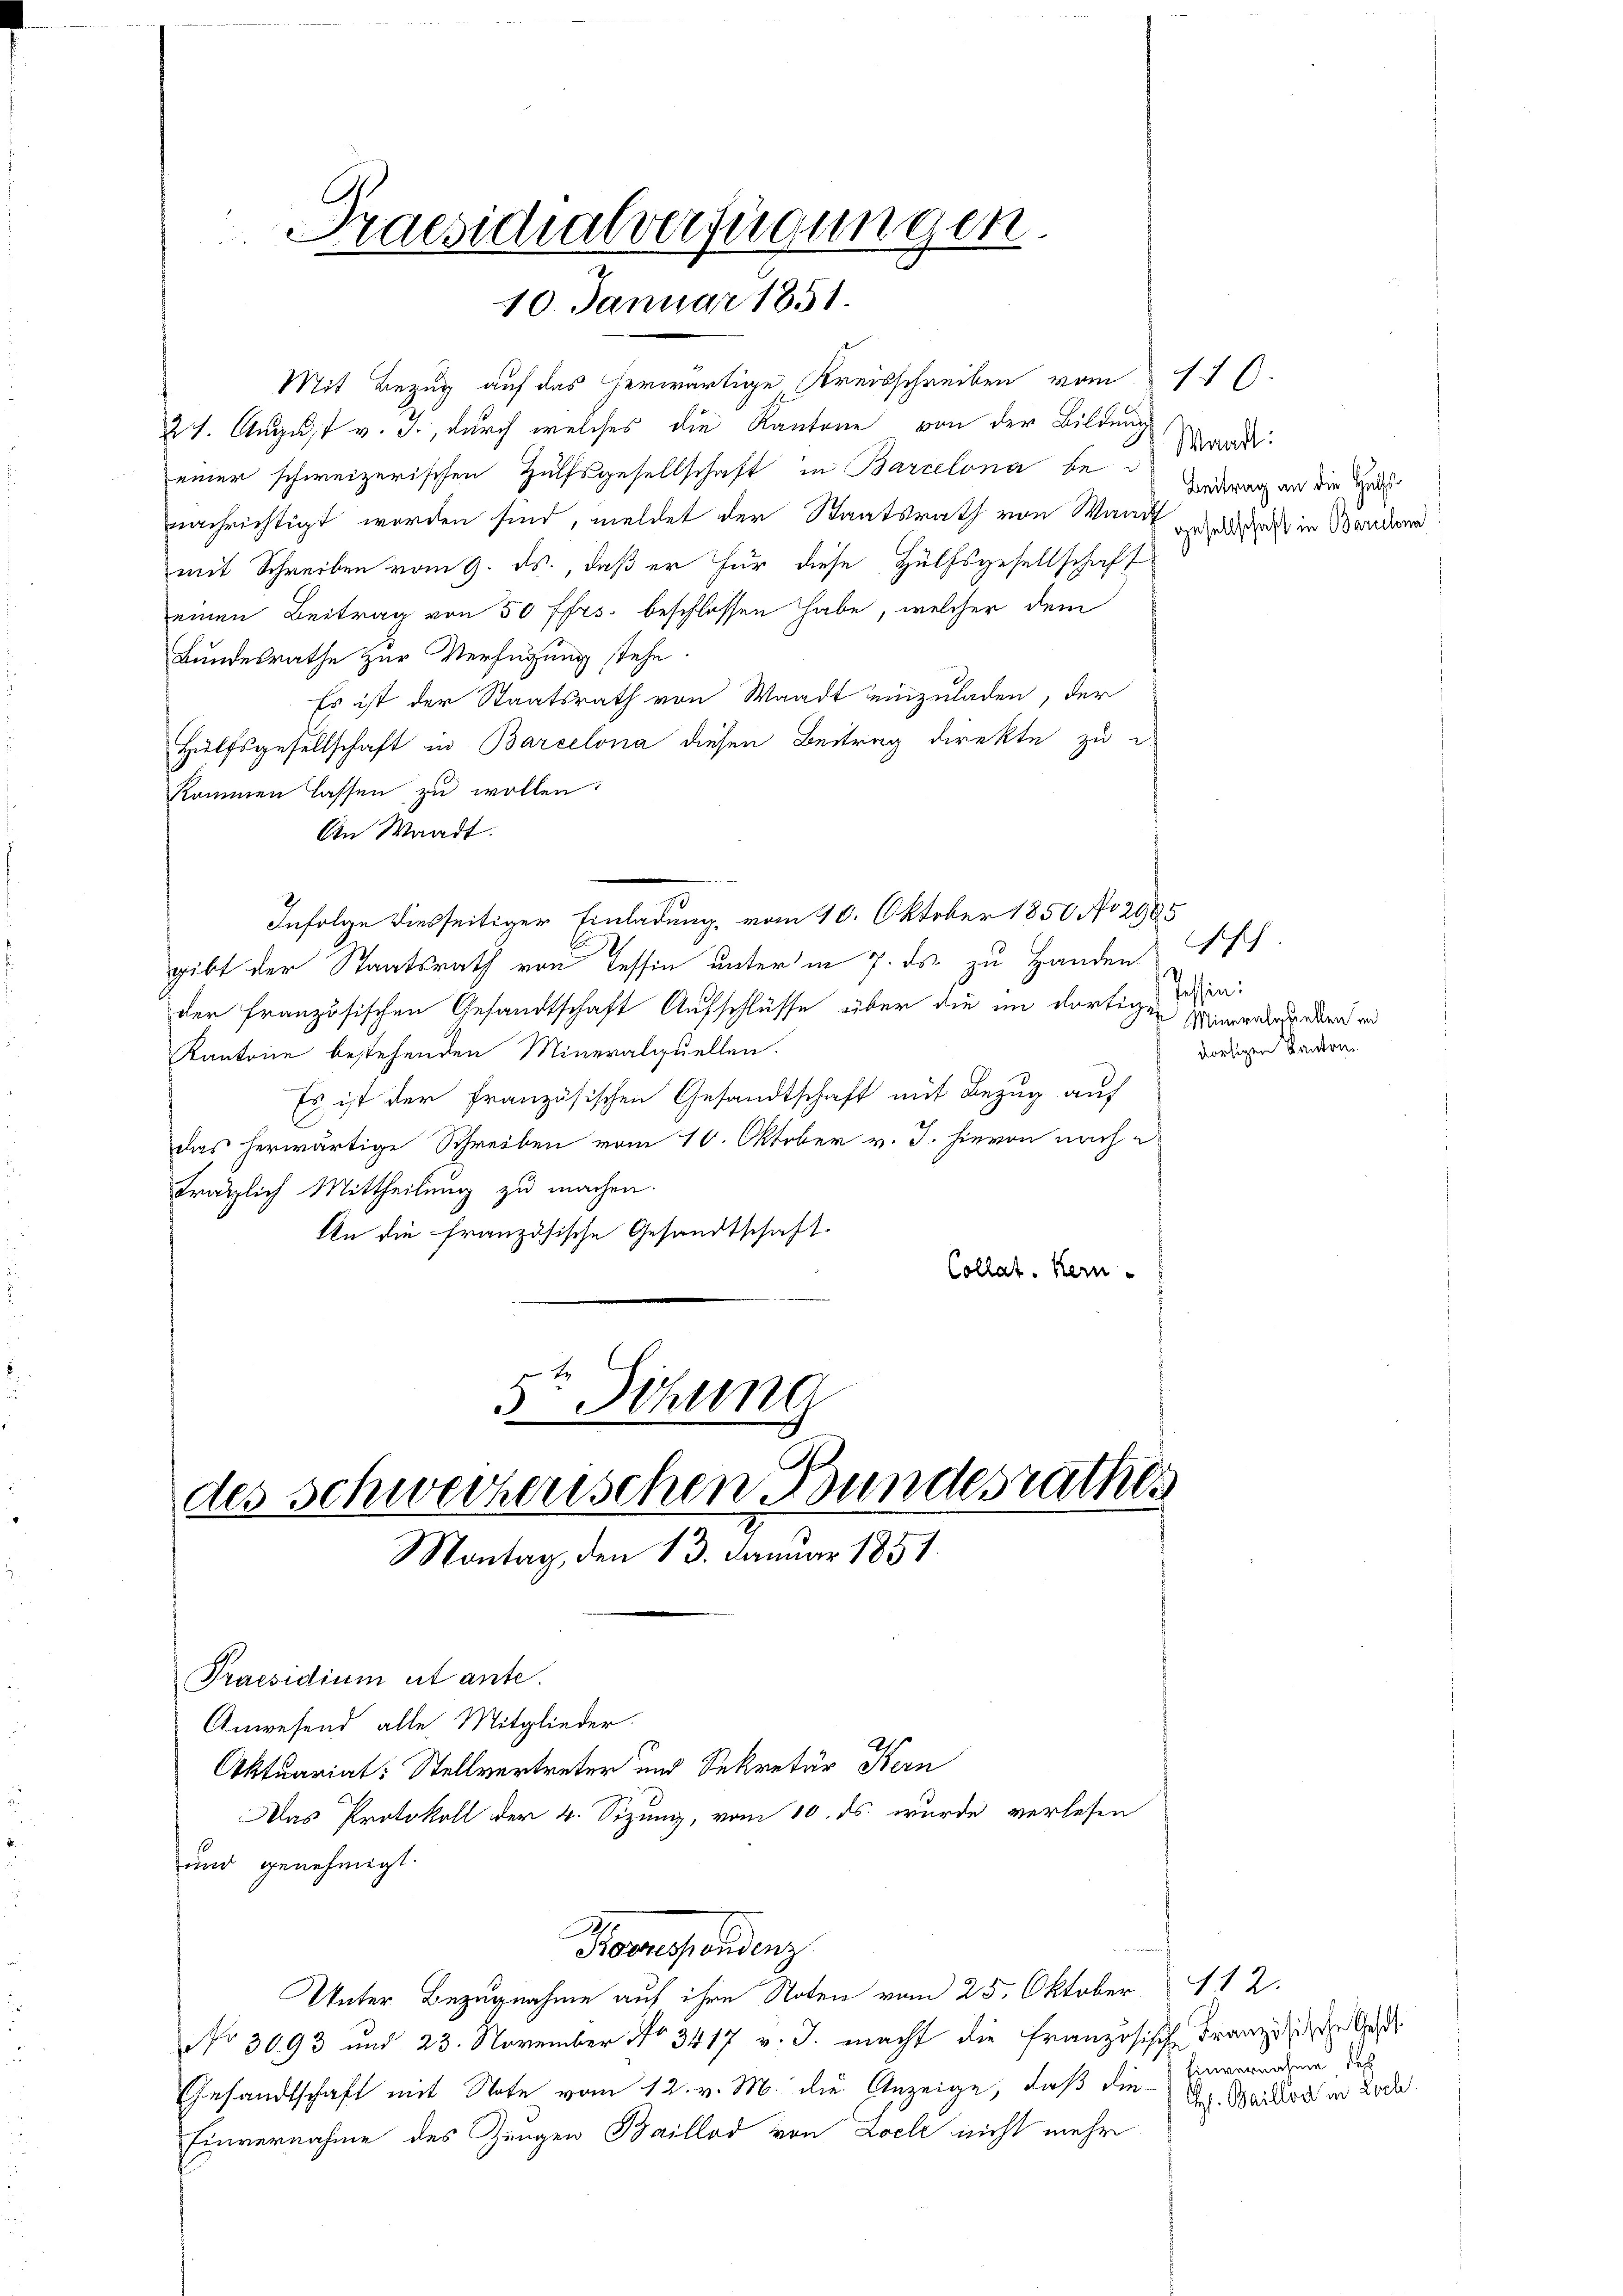
Praesidialverfügungen.
10. Januar 1851.

21. August v. J., durch welches die Kantone von der Bildung
einer schweizerischen Hülfsgesellschaft in Barcelona fe Mad.
nachrichtigt worden sind, meldet der Staatsrath von Mann als in Berühr
mit Schreiben vom 9. ds., daß er für diese Hülfsgesellschaft
einen Beitrag von 50 ffrs. beschlossen habe, welcher dem
Bundesrathe zur Verfügung stehe.
Es ist der Staatsrath von Waadt einzuladen, der
Hülfsgesellschaft in Barcelona diesen Beitrag direkte zu
kommen lassen zu wollen:
An Waadt.
Infolge diesseitiger Einladung, vom 10. Oktober 1850 No 2985
gibt der Staatsrath von Tessin unter in 7. ds. zu Handen
der französischen Gesandtschaft Aufschlüsse über die im dortige Win¬
Kantone bestehenden Mineralquellen.
Es ist der französischen Gesandtschaft mit Bezug auf
E
das herwärtige Schreiben vom 10. Oktober v. J. hievon nach
träglich Mittheilung zu machen.
An die französische Gesandtschaft.
Collat. Kein
5te Sichung

Praesidium et ante.
Anwesend alle Mitglieder.
Aktuariat: Stellvertreter und Sekretär Kern
Mas Protokoll der 4. Sizung, vom 10. ds. wurde verlesen
und genehmigt.
Promersendenz
Unter Bezugnahme auf ihre Noten vom 25. Oktober 112.
No 3093 und 23. November No 3417 v. J. macht die Französische Franzische Aus
Gesandtschaft mit Note vom 12. v. M. die Anzeige, daß die Unverenden dies
Einvernahme des Zeugen Baillod von Zoel nicht mehr

Mit Bezug auf das herwärtige Kreisschreiben vom 11.

des Schweizerischen Bundesrathes
Montag, den 13. Januar 1851.

Beitrag an die Hülfs¬

Mineralepellen in
dortigen Kanton.

s. Baillod in Loch.

sisch